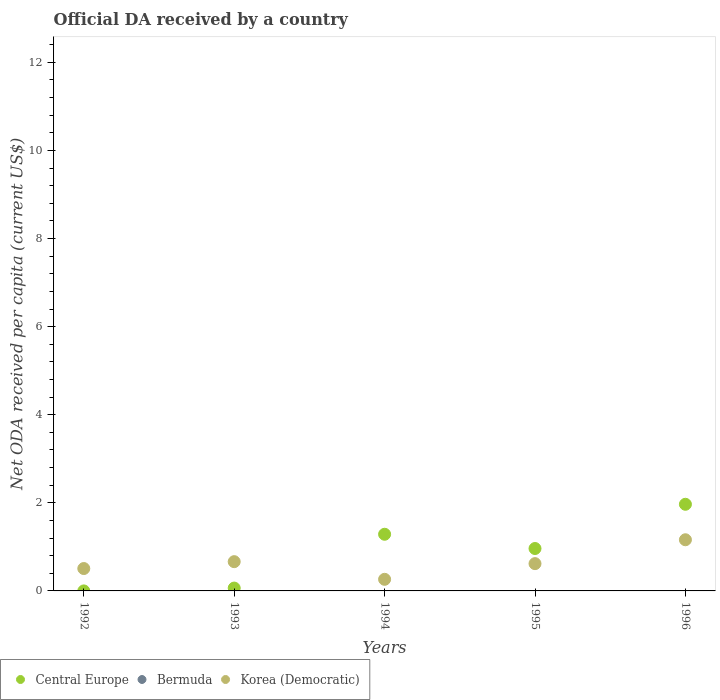
| Years | Central Europe | Bermuda | Korea (Democratic) |
 | --- | --- | --- | --- |
 | 1992 | 9.09e-05 | -85.3 | 0.508 |
 | 1993 | 0.0649 | -81.8 | 0.664 |
 | 1994 | 1.29 | -210 | 0.264 |
 | 1995 | 0.963 | -34.8 | 0.619 |
 | 1996 | 1.97 | -67.7 | 1.16 |